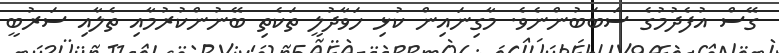
ގޭސް އުފެދުމުގެ ސަބަބުންނެވެ. މާގިނައިން ކުޅި ހަވާދުލީ ތަކެތި ބޭނުންކުރުމާއި ތެލާއި ސަރުބީ